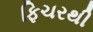
ફિચરથી